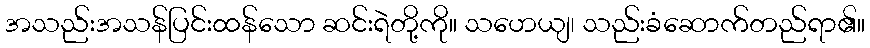
အသည်းအသန်ပြင်းထန်သော ဆင်းရဲတို့ကို။ သဟေယျ၊ သည်းခံဆောက်တည်ရာ၏။